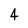
Character: 4